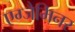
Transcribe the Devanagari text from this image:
एग्जैमिनर